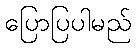
ပြောပြပါမည်